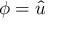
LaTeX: \phi = { \hat { u } }